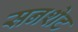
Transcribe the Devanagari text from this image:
सनशेट